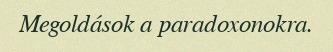
Megoldások a paradoxonokra.